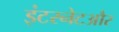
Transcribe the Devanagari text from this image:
इंटरनेटऔर